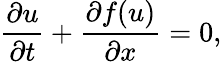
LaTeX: \frac{\partial u}{\partial t}+\frac{\partial f(u)}{\partial x}=0,